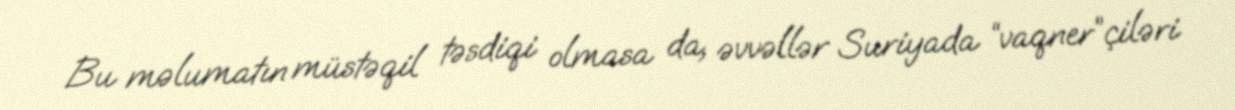
Bu məlumatın müstəqil təsdiqi olmasa da, əvvəllər Suriyada “vaqner”çiləri